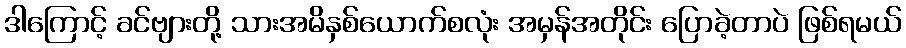
ဒါကြောင့် ခင်ဗျားတို့ သားအမိနှစ်ယောက်စလုံး အမှန်အတိုင်း ပြောခဲ့တာပဲ ဖြစ်ရမယ်